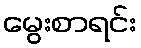
မွေးစာရင်း